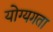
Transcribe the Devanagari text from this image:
योग्यगता